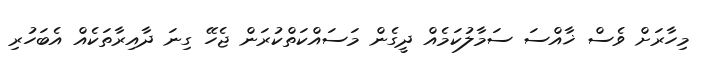
މިހާރަށް ވެސް ޚާއްސަ ސަމާލުކަމެއް ދީގެން މަސައްކަތްކުރަން ޖެހޭ ގިނަ ދާއިރާތަކެއް އެބަހުރި